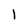
Character: l